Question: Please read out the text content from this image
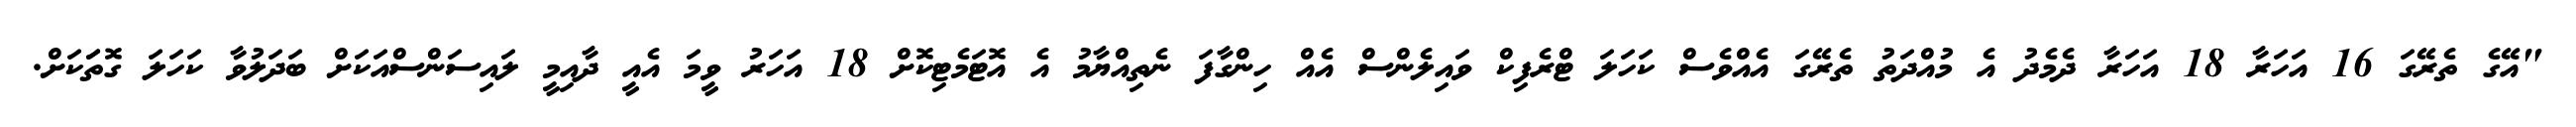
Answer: "އޭގެ ތެރޭގަ 16 އަހަރާ 18 އަހަރާ ދެމެދު އެ މުއްދަތު ތެރޭގަ އެއްވެސް ކަހަލަ ޓްރެފިކް ވައިލެންސް އެއް ހިންގާފަ ނެތިއްޔާމު އެ އޮޓަމެޓިކޮށް 18 އަހަރު ވީމަ އެއީ ދާއިމީ ލައިސަންސްއަކަށް ބަދަލުވާ ކަހަލަ ގޮތަަކަށް.